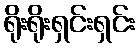
ရိုးရိုးရှင်းရှင်း